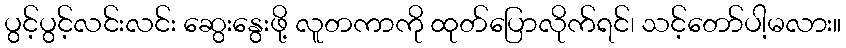
ပွင့်ပွင့်လင်းလင်း ဆွေးနွေးဖို့ လူတကာကို ထုတ်ပြောလိုက်ရင်၊ သင့်တော်ပါ့မလား။